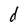
Character: d